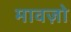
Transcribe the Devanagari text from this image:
मावज़ो